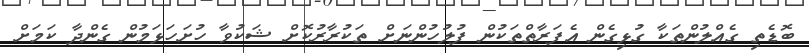
ބޮޑެތި ގެއްލުންތަކާ ގުޅިގެން އެފަރާތްތަކުން ފުލުހުންނަށް ތަކުރާރުކޮށް ޝަކުވާ ހުށަހަޅަމުން ގެންދާ ކަމަށް